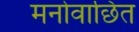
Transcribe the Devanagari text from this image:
मनोवाछिंत